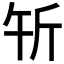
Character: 𰕝